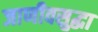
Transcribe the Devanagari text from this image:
जाणीवसुद्धा